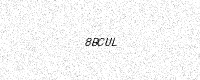
Text: 8BCUL